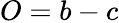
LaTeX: O=b-c